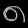
Digit: ၈